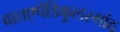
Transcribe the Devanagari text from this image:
बातएपेंडिकुलरगांठ